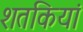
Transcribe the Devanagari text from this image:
शतकियां